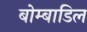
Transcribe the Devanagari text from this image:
बोम्बाडिल